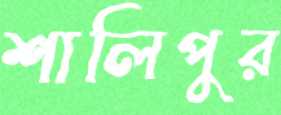
শালিপুর